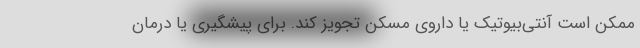
ممکن است آنتی‌بیوتیک یا داروی مسکن تجویز کند. برای پیشگیری یا درمان